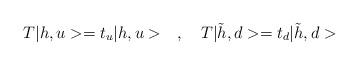
LaTeX: \begin{align*}T|h,u> = t_u|h,u> \quad , \quad T|\tilde h,d> = t_d|\tilde h,d>\end{align*}